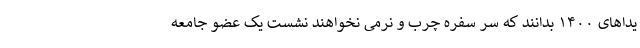
یداهای ۱۴۰۰ بدانند که سر سفره چرب ‌و نرمی نخواهند نشست یک عضو جامعه